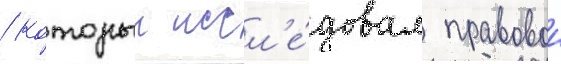
/ которыи иссл'е́довал правовои